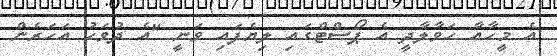
އެ މީހާއާ ހަވާލާދީ އެ ޕޯސްޓްގައި ލިޔެފައި ވަނީ "އެ ދުވަހު އަހަރެން